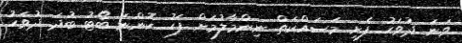
ވަނަ ދުވަހު ފެށި މަސައްކަތް ނިންމާލުމަށް ފަހު ކޮންނަ ބޯޓު ބުދަ ދުވަހު